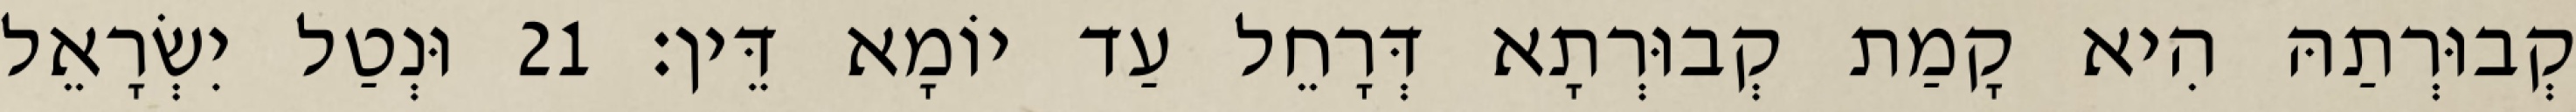
קְבוּרְתַהּ הִיא קָמַת קְבוּרְתָא דְּרָחֵל עַד יוֹמָא דֵּין׃ 21 וּנְטַל יִשְׂרָאֵל